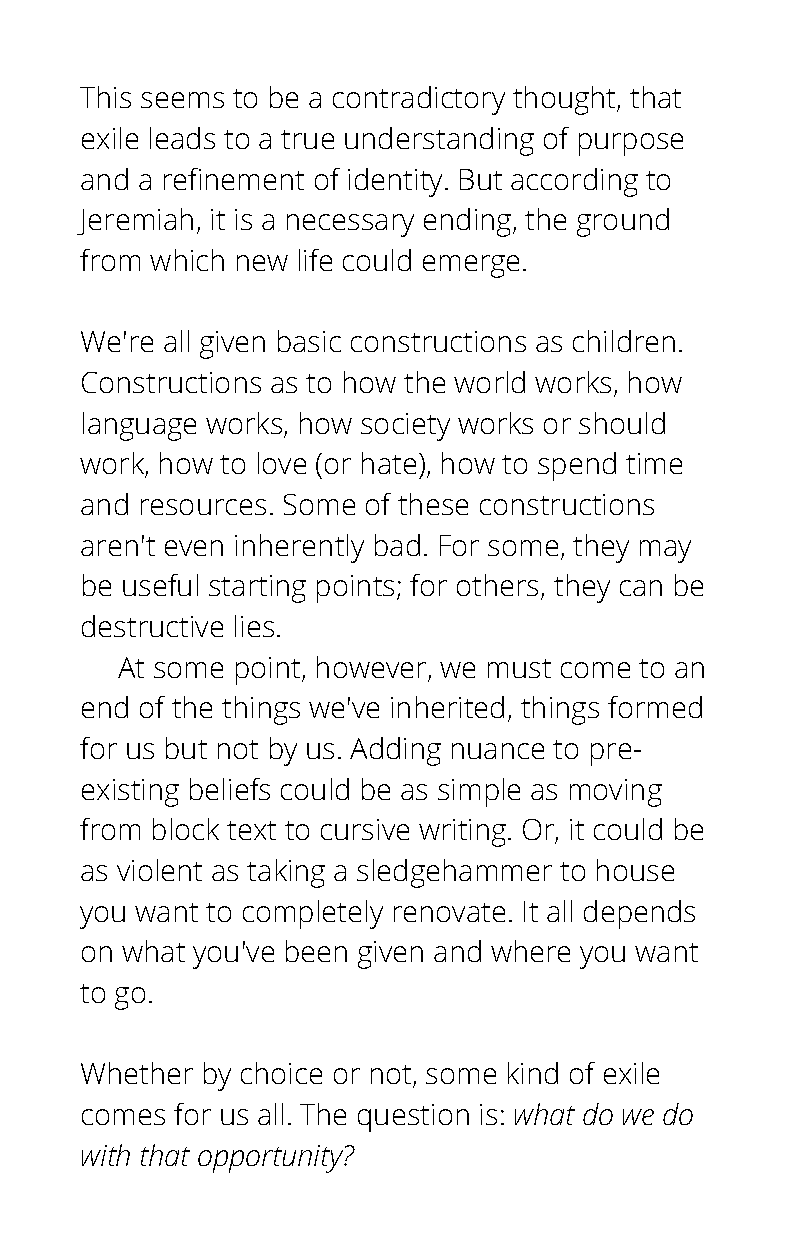
This seems to be a contradictory thought, that
 exile leads to a true understanding of purpose
 and a refinement of identity. But according to
 Jeremiah, it is a necessary ending, the ground
 from which new life could emerge.
 We're all given basic constructions as children.
 Constructions as to how the world works, how
 language works, how society works or should
 work, how to love (or hate), how to spend time
 and resources. Some of these constructions
 aren't even inherently bad. For some, they may
 be useful starting points; for others, they can be
 destructive lies.
 At some point, however, we must come to an
 end of the things we've inherited, things formed
 for us but not by us. Adding nuance to pre-
 existing beliefs could be as simple as moving
 from block text to cursive writing. Or, it could be
 as violent as taking a sledgehammer to house
 you want to completely renovate. It all depends
 on what you've been given and where you want
 to go.
 Whether by choice or not, some kind of exile
 comes  for us all. The question is: what do we do
 with that opportunity?